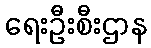
ရေးဦးစီးဌာန